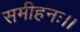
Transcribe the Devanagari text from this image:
समीहनः।।